Indian journal of veterinary science and animal husbandry - Volumes 24-25, 1954-1955
Year: 1954
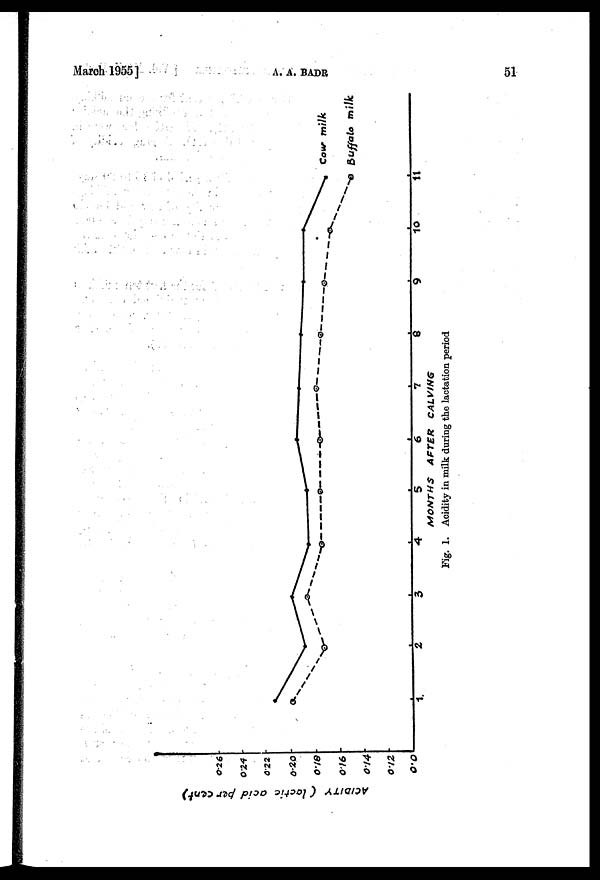
March 1955]
A.
A.
BADR
51
Fig. 1. Acidity in milk during the lactation period